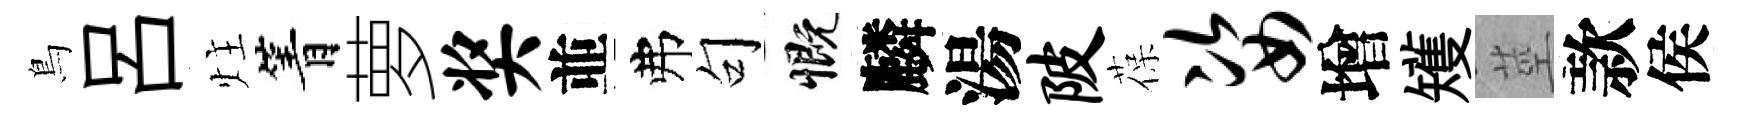
鳥呂炷箐萝奖並弗句慨麟湯陂葆姿增矱莖款侯